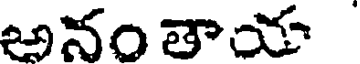
అనంతాయ